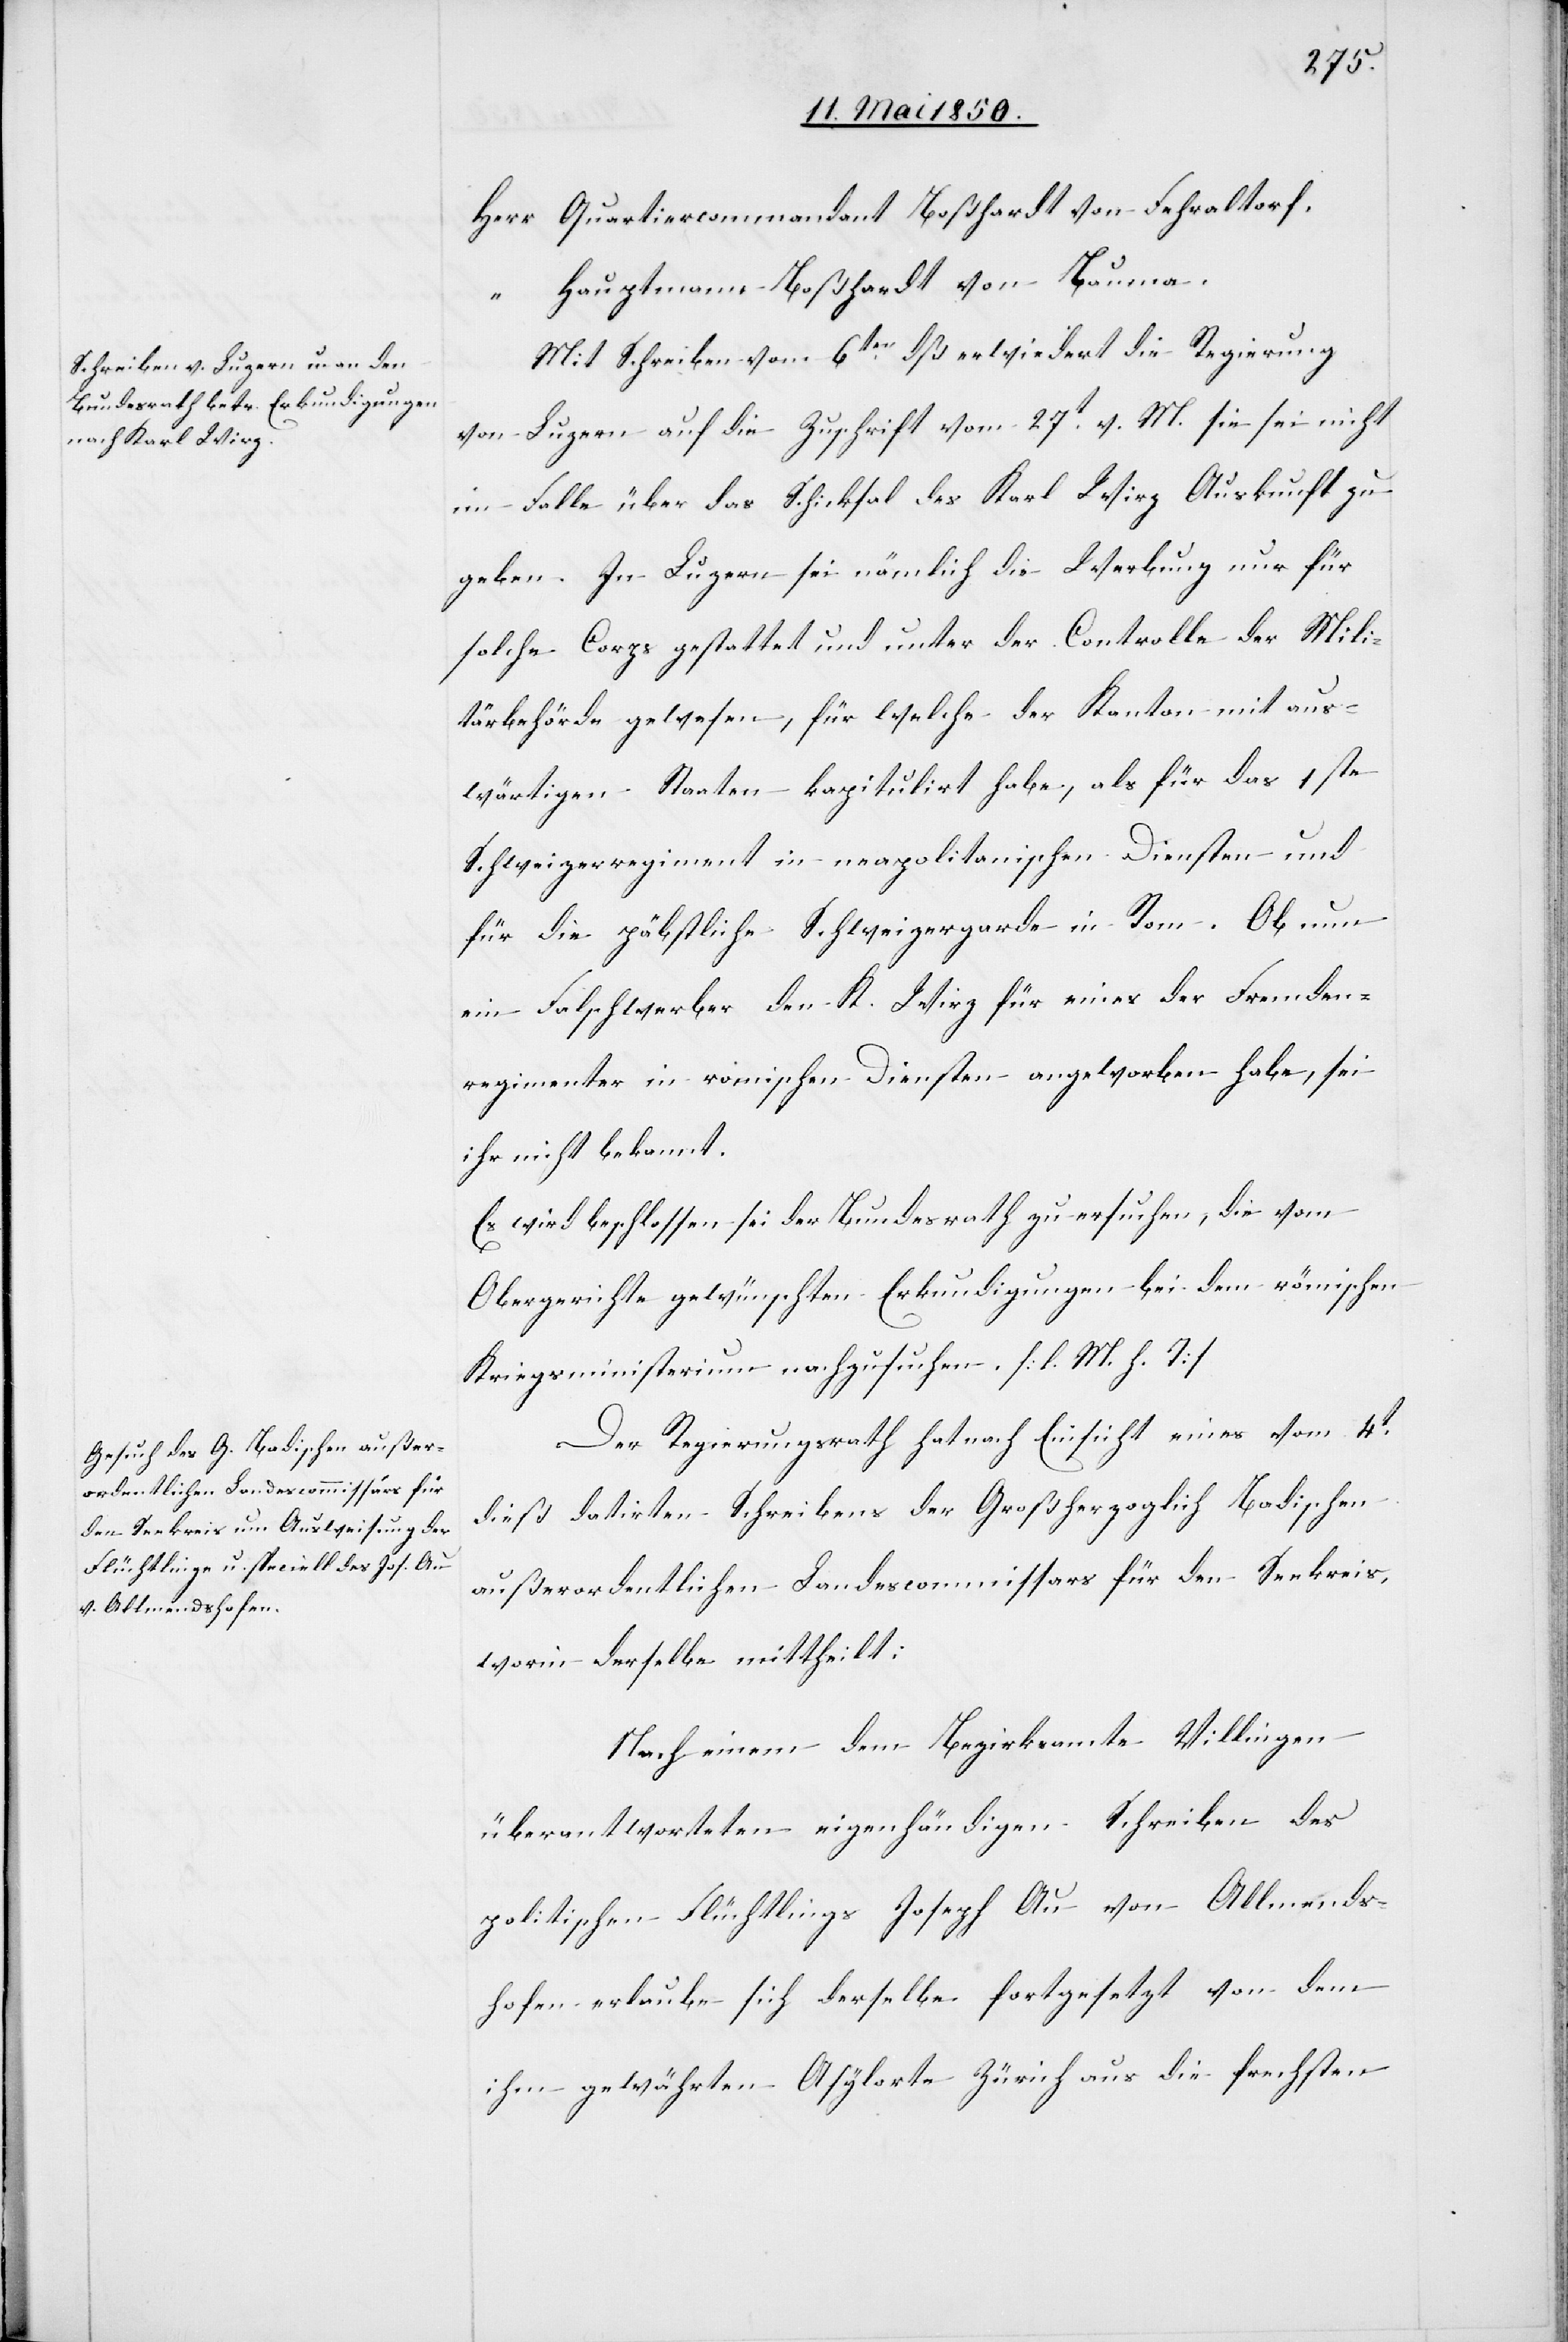
Herr Quartiercommandant Boßhardt von Fehraltorf.
Hauptmann Boßhardt von Bauma.
Mit Schreiben vom 6ten dß erwiedert die Regierung
von Luzern auf die Zuschrift vom 27t v. M. sie sei nicht
im Falle über das Schicksal des Karl Wirz Auskunft zu
geben. In Luzern sei nämlich die Werbung nur für
solche Corps gestattet und unter der Controlle der Mili¬
tärbehörde gewesen, für welche der Kanton mit aus¬
wärtigen Staaten kapitulirt habe, als für das 1ste
Schweizerregiment in neapolitansichen Diensten und
für die päbstliche Schweizergarde in Rom. Ob nun
ein Falschwerber den K. Wirz für eines der Fremden¬
regimenter in romischen Diensten angeworben habe, sei
ihr nicht bekannt.
Es wird beschlossen sei der Bundesrath zu ersuchen, die vom
Obergerichte gewünschten Erkundigungen bei dem römischen
Kriegsministerium nachzusuchen. [l. M. h. T]
Der Regierungsrath hat nach Einsicht eines vom 4t
dieß datirten Schreibens der [sic!] Großherzoglich Badischen
außerordentlichen Landescommissars für den Seekreis,
worin derselbe mittheilt:
Nach einem dem Bezirksamte Willingen
überantworteten eigenhändigen Schreiben des
politischen Flüchtlings Joseph Au von Allmends¬
hofen erlaube sich derselbe fortgesetzt von dem
ihm gewährten Asylorte Zürich aus die frechsten